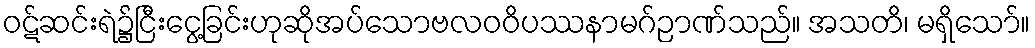
ဝဋ်ဆင်းရဲ၌ငြီးငွေ့ခြင်းဟုဆိုအပ်သောဗလဝဝိပဿနာမဂ်ဉာဏ်သည်။ အသတိ၊ မရှိသော်။